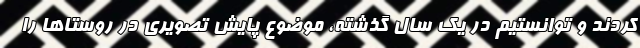
کردند و توانستیم در یک سال گذشته، موضوع پایش تصویری در روستاها را